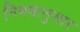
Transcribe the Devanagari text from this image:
निषषानुसार